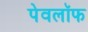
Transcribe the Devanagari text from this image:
पेवलॉफ